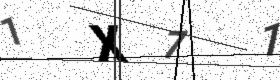
Text: 1X71